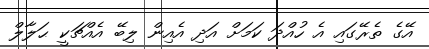
އޭގެ ތެރޭގައި އެ ހުއްދަ ކަމަށް އަދި އެއިން ލިބޭ އެއްޗަކީ ޙަލާލް